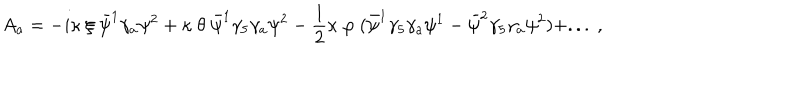
A _ { a } = - i \kappa \ \xi \ \bar { \psi } ^ { 1 } \gamma _ { a } \psi ^ { 2 } + \kappa \ \theta \ \bar { \psi } ^ { 1 } \gamma _ { 5 } \gamma _ { a } \psi ^ { 2 } - { \frac { 1 } { 2 } } \kappa \ \varphi \ ( \bar { \psi } ^ { 1 } \gamma _ { 5 } \gamma _ { a } \psi ^ { 1 } - \bar { \psi } ^ { 2 } \gamma _ { 5 } \gamma _ { a } \psi ^ { 2 } ) + . . . \ , \,